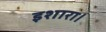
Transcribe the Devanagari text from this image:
इशारा।